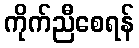
ကိုက်ညီစေရန်